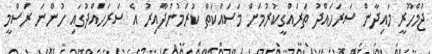
ޖުމްހޫރީ މައިދާން ސަރަހައްދު ތަރައްގީކުރުމަށް މަސައްކަތް ކުރަމުންދާއިރު އެ ސަރަހައްދުގައި ހުންނަ ރަސްމީ